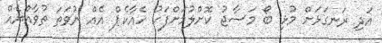
އަދި ރަނގަޅަށް މުޅި ބޯ މަސާޖު ކޮށްލުމަށްފަހު ހެއާކެޕް އެއް ނުވަތަ ތުވާއްޔެއް